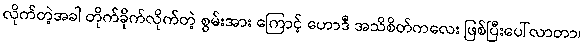
လိုက်တဲ့အခါ တိုက်ခိုက်လိုက်တဲ့ စွမ်းအား ကြောင့် ဟောဒီ အသိစိတ်ကလေး ဖြစ်ပြီးပေါ်လာတာ၊